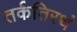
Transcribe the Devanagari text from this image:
तर्कतिरथं